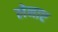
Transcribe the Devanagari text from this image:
लेनाए